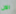
الآن